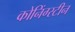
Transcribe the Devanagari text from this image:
कोनिंग्स्टीन